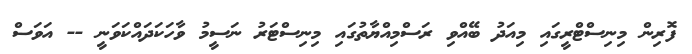
ފޮރިން މިނިސްޓްރީގައި މިއަދު ބޭއްވި ރަސްމިއްޔާތުގައި މިނިސްޓަރު ނަސީމު ވާހަކަދައްކަވަނީ -- އަވަސް